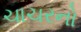
ચાચરનો